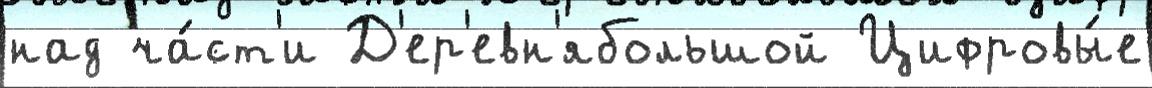
над ча́ст'и Д'ер'евн'ябольшой Цифровы́е